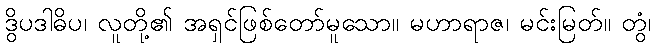
ဒွိပဒါဓိပ၊ လူတို့၏ အရှင်ဖြစ်တော်မူသော။ မဟာရာဇ၊ မင်းမြတ်။ တွံ၊